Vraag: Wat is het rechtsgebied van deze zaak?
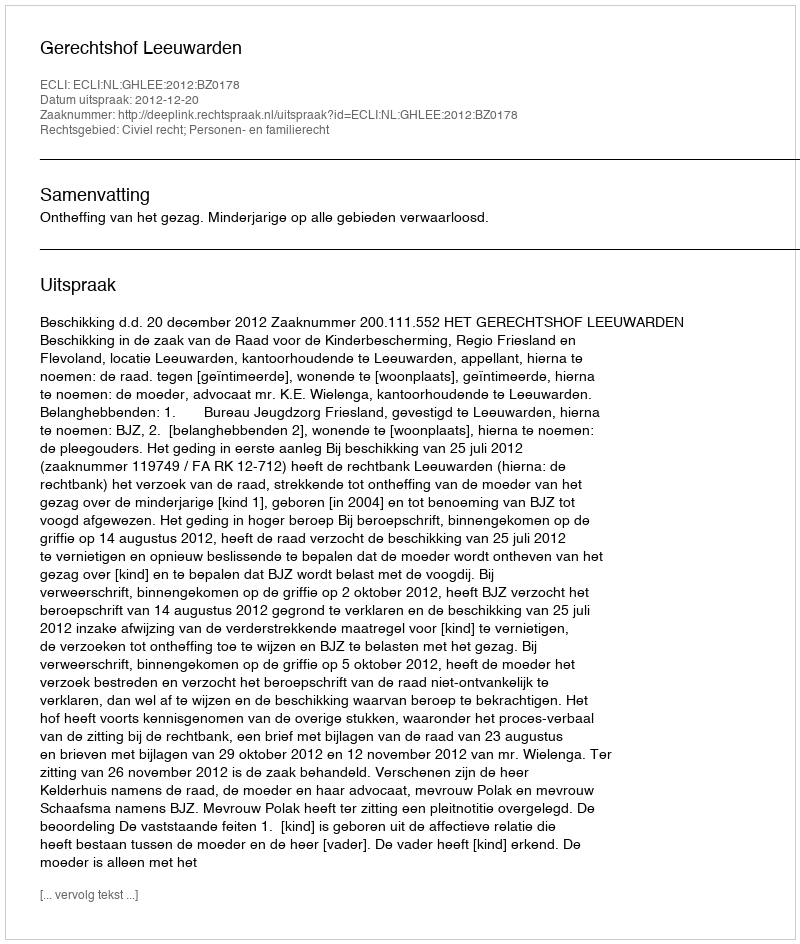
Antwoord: Civiel recht; Personen- en familierecht